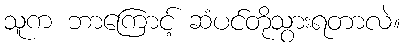
သူက ဘာကြောင့် ဆံပင်တိုသွားရတာလဲ။